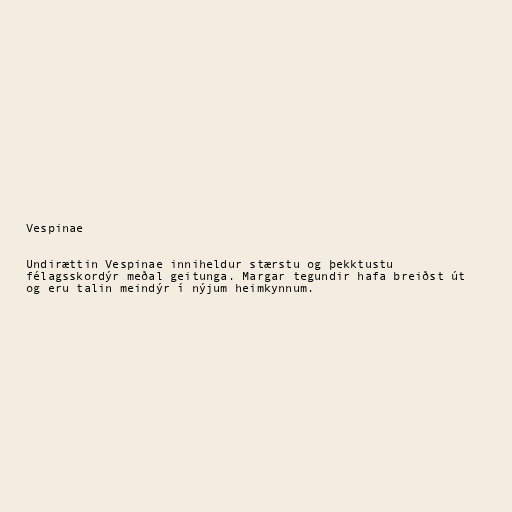
Vespinae

Undirættin Vespinae inniheldur stærstu og þekktustu
félagsskordýr meðal geitunga. Margar tegundir hafa breiðst út
og eru talin meindýr í nýjum heimkynnum.